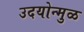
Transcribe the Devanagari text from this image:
उदयोन्मुळ